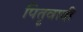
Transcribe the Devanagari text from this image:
पितृवादी